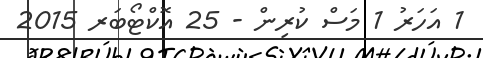
1 އަހަރު 1 މަސް ކުރިން - 25 އޮކްޓޯބަރ 2015